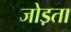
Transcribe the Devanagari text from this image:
जोड़ता